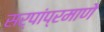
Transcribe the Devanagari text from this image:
सर्पांप्रमाणे